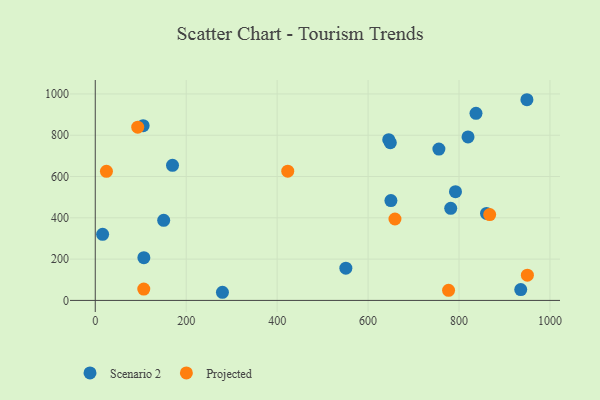
{"axis": {"x": "Ad Spend", "y": "Demand"}, "legend": ["Projected", "Scenario 2"], "data": [{"x": "150.5", "y": 387.7, "type": "Scenario 2"}, {"x": "106.9", "y": 207.2, "type": "Scenario 2"}, {"x": "837.3", "y": 906.2, "type": "Scenario 2"}, {"x": "650.2", "y": 483.3, "type": "Scenario 2"}, {"x": "16.2", "y": 319.9, "type": "Scenario 2"}, {"x": "949.3", "y": 972.0, "type": "Scenario 2"}, {"x": "860.4", "y": 421.5, "type": "Scenario 2"}, {"x": "645.4", "y": 778.6, "type": "Scenario 2"}, {"x": "279.7", "y": 39.4, "type": "Scenario 2"}, {"x": "105.3", "y": 846.3, "type": "Scenario 2"}, {"x": "792.2", "y": 526.5, "type": "Scenario 2"}, {"x": "819.8", "y": 791.8, "type": "Scenario 2"}, {"x": "935.7", "y": 52.4, "type": "Scenario 2"}, {"x": "169.9", "y": 654.3, "type": "Scenario 2"}, {"x": "781.7", "y": 446.0, "type": "Scenario 2"}, {"x": "755.7", "y": 733.1, "type": "Scenario 2"}, {"x": "551.1", "y": 156.1, "type": "Scenario 2"}, {"x": "648.9", "y": 763.8, "type": "Scenario 2"}, {"x": "659.1", "y": 394.3, "type": "Projected"}, {"x": "950.3", "y": 122.2, "type": "Projected"}, {"x": "106.7", "y": 54.8, "type": "Projected"}, {"x": "777.0", "y": 49.0, "type": "Projected"}, {"x": "24.6", "y": 625.1, "type": "Projected"}, {"x": "93.4", "y": 839.2, "type": "Projected"}, {"x": "867.4", "y": 415.8, "type": "Projected"}, {"x": "423.3", "y": 625.9, "type": "Projected"}]}